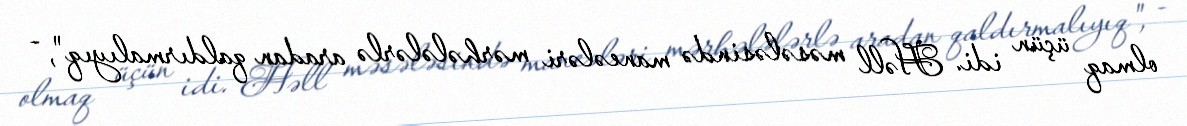
olmaq üçün idi. Həll məsələsində maneələri mərhələlərlə aradan qaldırmalıyıq", -